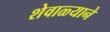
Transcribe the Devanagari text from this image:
शेवाळ्याने